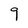
Character: 9